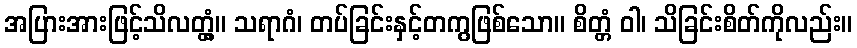
အပြားအားဖြင့်သိလတ္တံ့။ သရာဂံ၊ တပ်ခြင်းနှင့်တကွဖြစ်သော။ စိတ္တံ ဝါ၊ သိခြင်းစိတ်ကိုလည်း။